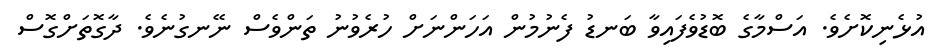
އުޅެނިކޮށެވެ. އަސްމާގެ ބޮޑުވެފައިވާ ބަނޑު ފެނުމުން އަހަންނަށް ހުރެވުނު ތަންވެސް ނޭނގުނެވެ. ދާގޮތަށްގޮސް